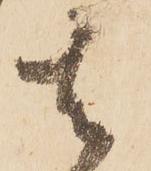
者